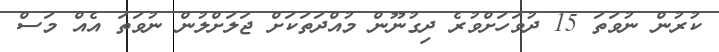
ކުރުން ނުވަތަ 15 ދުވަހަށްވުރެ ދިގުނޫން މުއްދަތަކަށް ޖަލަށްލުން ނުވަތަ އެއް މަސް